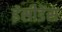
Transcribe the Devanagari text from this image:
इंसीडेंस